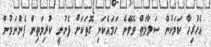
އެހުރިހާ ކަމަކުން ސަލާމަތް ވެވޭނެ ހަމައެކަނި ގޮތަކަށް ފެނުނީ ކުރިމަތިން ފެންނަމުން